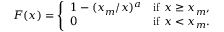
F ( x ) = { \left\{ \begin{array} { l l } { 1 - ( x _ { m } / x ) ^ { a } } & { { \mathrm { i f ~ } } x \geq x _ { m } , } \\ { 0 } & { { \mathrm { i f ~ } } x < x _ { m } . } \end{array} \right. }